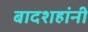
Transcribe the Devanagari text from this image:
बादशहांनी